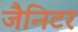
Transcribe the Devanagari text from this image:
जैनिटर